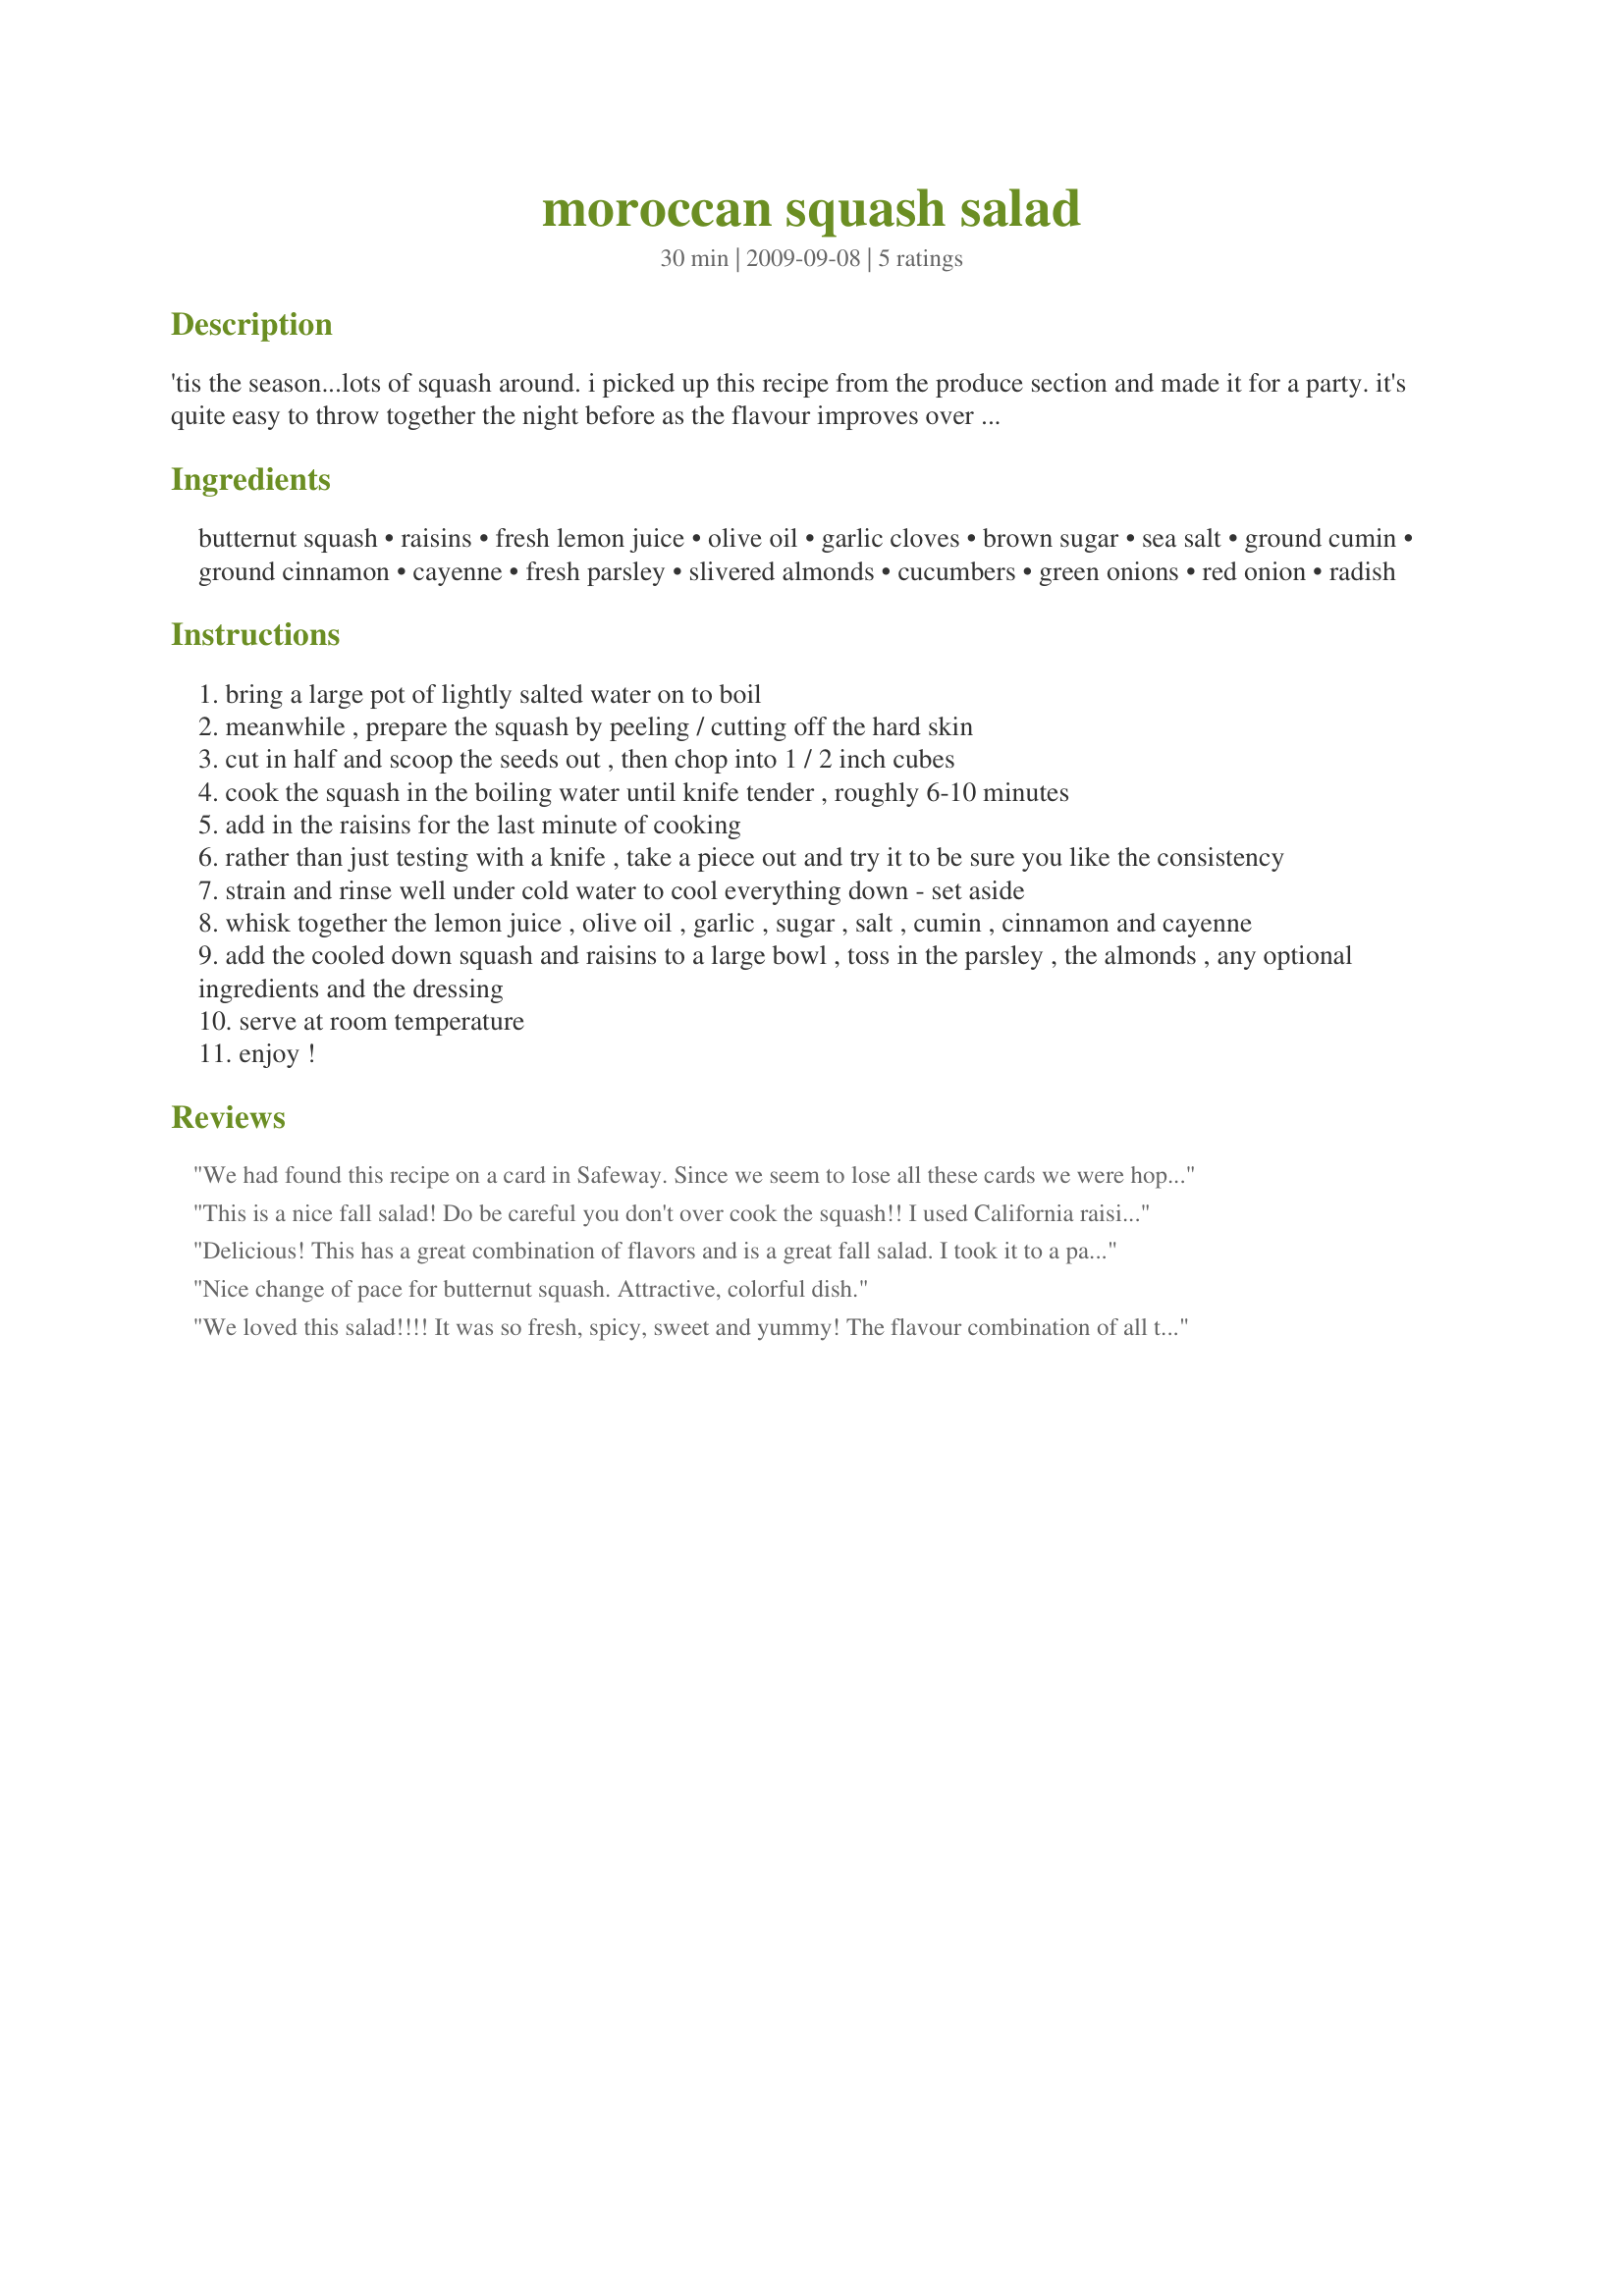
moroccan squash salad
Preparation time: 30 minutes

'tis the season...lots of squash around. i picked up this recipe from the produce section and made it for a party. it's quite easy to throw together the night before as the flavour improves over night. you could add quite a few other things to this based on what you have on hand, see some optional suggestions. enjoy!

Ingredients:
butternut squash, raisins, fresh lemon juice, olive oil, garlic cloves, brown sugar, sea salt, ground cumin, ground cinnamon, cayenne, fresh parsley, slivered almonds, cucumbers, green onions, red onion, radish

Steps:
bring a large pot of lightly salted water on to boil
meanwhile , prepare the squash by peeling / cutting off the hard skin
cut in half and scoop the seeds out , then chop into 1 / 2 inch cubes
cook the squash in the boiling water until knife tender , roughly 6-10 minutes
add in the raisins for the last minute of cooking
rather than just testing with a knife , take a piece out and try it to be sure you like the consistency
strain and rinse well under cold water to cool everything down - set aside
whisk together the lemon juice , olive oil , garlic , sugar , salt , cumin , cinnamon and cayenne
add the cooled down squash and raisins to a large bowl , toss in the parsley , the almonds , any optional ingredients and the dressing
serve at room temperature
enjoy !

Reviews:
We had found this recipe on a card in Safeway. Since we seem to lose all these cards we were hoping to find a version on line. VOILA- you came through--Thanks!
This recipe is one ofour favorite ways of eating squash. The tastes are complex and refreshing. Outstanding!
This is a nice fall salad! Do be careful you don't over cook the squash!! I used California raisins & flat leaf parsley. I did use more dark brown sugar than called for & no cayenne per preference here. The optional I used was green onion and it went well! I followed the rest of the non optional ingredients exactly. I may make this again for DH to taste. Made for Veggie Swap 27 ~ October 2010.
Delicious! This has a great combination of flavors and is a great fall salad. I took it to a party and got lots of compliments. I roasted the squash instead of boiling it; I cut it into chunks as directed and then put them in a 9x13 pan, and drizzled them with olive oil and sprinkled with salt and pepper. Then they went into a 400F oven for ~35 minutes; I added the raisins for the last five minutes or so. I would not hesitate to make this again!
Nice change of pace for butternut squash. Attractive, colorful dish.
We loved this salad!!!! It was so fresh, spicy, sweet and yummy! The flavour combination of all the different veggies with the marinade was awesome! I used all the optional add-ins and especially enjoyed the crispness of the cucumber with the mellow squash (I used hokkaido in place of butternut). I reduced the oil a tad and left out the sugar due to personal preference.<br/>All in all a wonderful salad recipe that I will make over and over again! YUM!<br/>Made and reviewed for Veggie Swap #28 and the Eating Well Event in the Photo Forum November 2010.<br/>P.S.: I added in a tomato that I needed to use up and it was really good in there, too.
